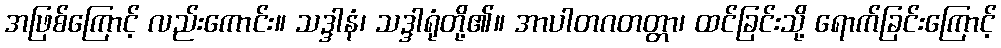
အဖြစ်ကြောင့် လည်းကောင်း။ သဒ္ဒါနံ၊ သဒ္ဒါရုံတို့၏။ အာပါတဂတတ္တာ၊ ထင်ခြင်းသို့ ရောက်ခြင်းကြောင့်